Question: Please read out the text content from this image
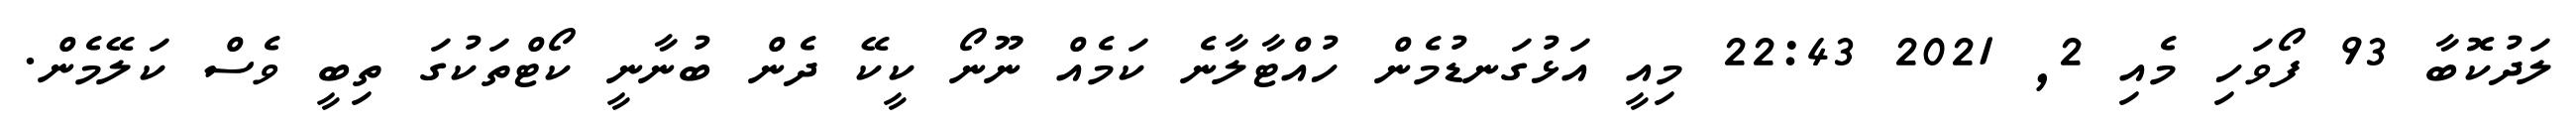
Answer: ލަދުކޮބާ 93 ފޯވަހި މެއި 2, 2021 22:43 މިއީ އަޅުގަނޑުމެން ހުއްޓާލާނެ ކަމެއް ނޫނޯ ކީކޭ ދެން ބުނާނީ ކޯޓްތަކުގަ ތިބީ ވެސް ކަލޭމެން.